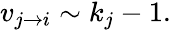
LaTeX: \begin{array}{r}{v_{j\rightarrow i}\sim k_{j}-1.}\end{array}